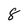
Character: 8